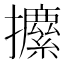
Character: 𰔼